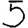
Digit: 5